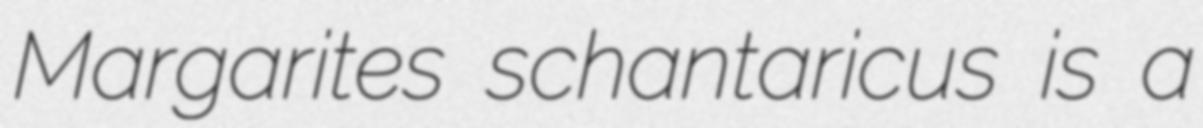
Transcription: Margarites schantaricus is a